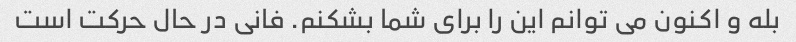
بله و اکنون می توانم این را برای شما بشکنم. فانی در حال حرکت است